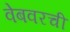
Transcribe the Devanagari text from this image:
वेबवरची